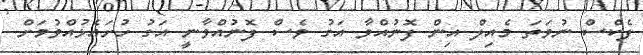
ފެކްސް ނުވަތަ މެއިލް އިން ފޮނުއްވާ އަގު ވެސް ފޮނުއްވާނީ އަގު ހުށައެޅުއްވުމަށް